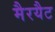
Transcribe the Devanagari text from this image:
मैरयैट